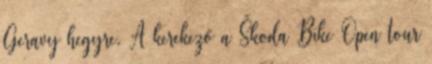
Geravy hegyre. A kerekező a Škoda Bike Open tour